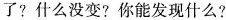
了?什么没变?你能发现什么?